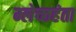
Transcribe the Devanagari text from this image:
म्लेच्छहंता